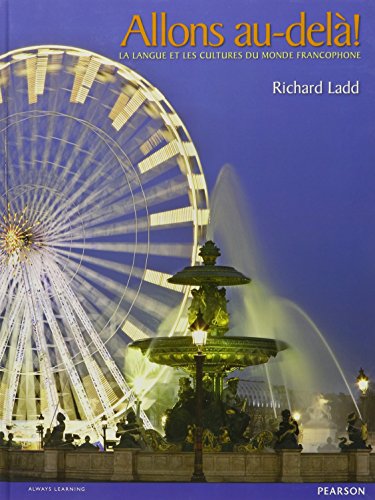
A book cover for Allons Au-dela! La Langue Et Les Cultures Du Monde Francophone (French Edition); Richard Ladd; Teen & Young Adult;